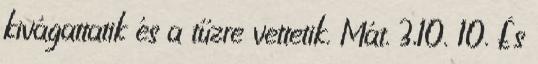
kivágattatik és a tűzre vettetik. Mát. 3,10. 10. És